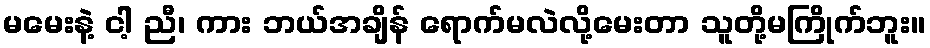
မမေးနဲ့ ငါ့ ညီ၊ ကား ဘယ်အချိန် ရောက်မလဲလို့မေးတာ သူတို့မကြိုက်ဘူး။